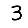
Digit: 3